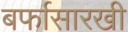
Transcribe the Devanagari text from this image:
बर्फासारखी